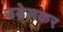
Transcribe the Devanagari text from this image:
उड़ेलकर